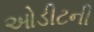
ઓડીટની